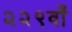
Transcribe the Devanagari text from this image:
२२९वाँ